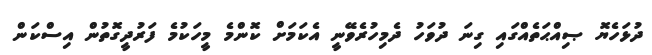
ދުޅަހެޔޮ ޞިއްޙަތެއްގައި ގިނަ ދުވަހު ދެމިހުރެވޭނީ އެކަމަށް ކޮންމެ މީހަކުމެ ފަރުދީގޮތުން އިސްކަން